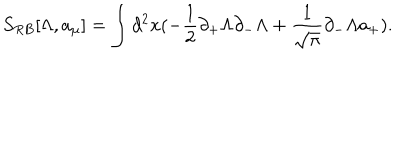
S _ { R B } [ \Lambda , a _ { \mu } ] = \int d ^ { 2 } x ( - \frac { 1 } { 2 } \partial _ { + } \Lambda \partial _ { - } \Lambda + \frac { 1 } { \sqrt { \pi } } \partial _ { - } \Lambda a _ { + } ) .